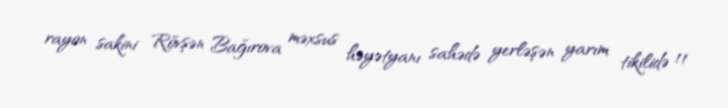
rayon sakini Rövşən Bağırova məxsus həyətyanı sahədə yerləşən yarım tikilidə 11